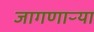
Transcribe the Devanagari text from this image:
जागणाऱ्या